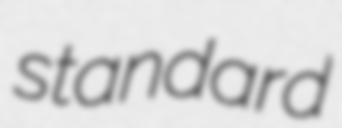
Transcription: standard